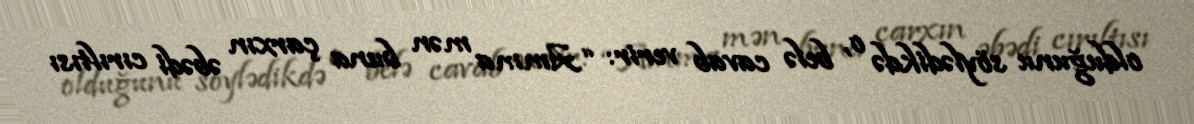
olduğunu söylədikdə o, belə cavab verir: “Amma mən buna çarxın əbədi cırıltısı